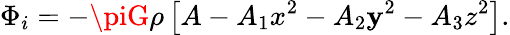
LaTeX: \Phi_{i}=-\piG\rho\left[A-A_{1}x^{2}-A_{2}\mathbf{y}^{2}-A_{3}z^{2}\right].